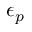
\epsilon _ { p }